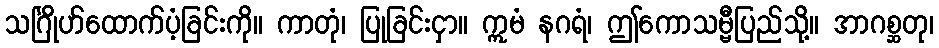
သင်္ဂြိုဟ်ထောက်ပံ့ခြင်းကို။ ကာတုံ၊ ပြုခြင်းငှာ။ ဣမံ နဂရံ၊ ဤကောသမ္ဗီပြည်သို့။ အာဂစ္ဆတု၊